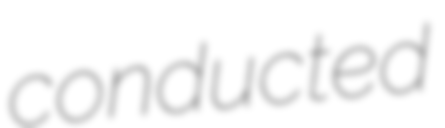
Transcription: conducted